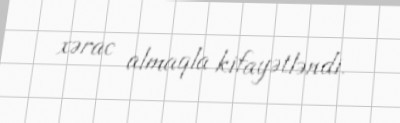
xərac almaqla kifayətləndi.